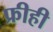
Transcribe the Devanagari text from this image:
फ्रीही